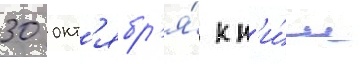
30 окт'ябр'я́ к н'и́м